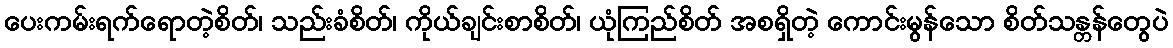
ပေးကမ်းရက်ရောတဲ့စိတ်၊ သည်းခံစိတ်၊ ကိုယ်ချင်းစာစိတ်၊ ယုံကြည်စိတ် အစရှိတဲ့ ကောင်းမွန်သော စိတ်သန္တန်တွေပဲ